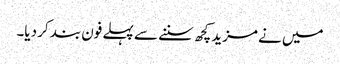
میں نے مزید کچھ سننے سے پہلے فون بند کر دیا۔